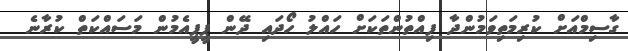
ގާސިމްއަށް ކުރިމަތިވަމުންދާ ފިއްތުންތަކަށް ހައްލު ހޯދައި ދޭން ޕީޕީއެމުން މަސައްކަތް ކުރާނެ